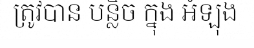
ត្រូវបាន បន្លិច ក្នុង អំឡុង